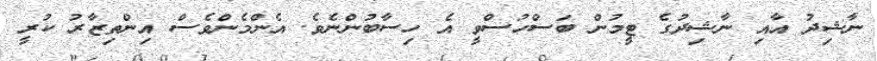
ނާޝިދު އާއި ނާޝިދުގެ ޓީމުން ބަސްހުސްވީ އެ ހިސާބުންނެވެ. އެންމެންވެސް އިންތިޒާރު ކުރީ